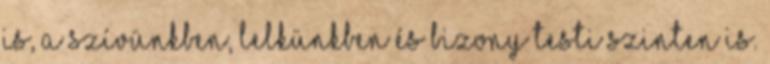
is, a szívünkben, lelkünkben és bizony testi szinten is.